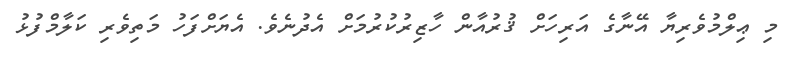
މި ޢިލްމުވެރިޔާ އޭނާގެ އަރިހަށް ޤުރުއާން ހާޒިރުކުރުމަށް އެދުނެވެ. އެޔަށްފަހު މަތިވެރި ކަލާމްފުޅު